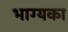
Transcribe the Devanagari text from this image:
भाग्यका